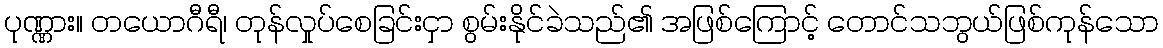
ပုဏ္ဏား။ တယောဂီရီ၊ တုန်လှုပ်စေခြင်းငှာ စွမ်းနိုင်ခဲသည်၏ အဖြစ်ကြောင့် တောင်သဘွယ်ဖြစ်ကုန်သော